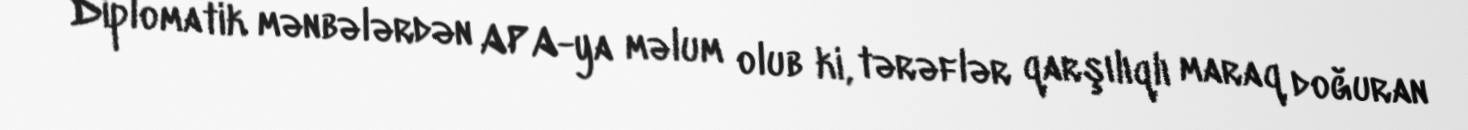
Diplomatik mənbələrdən APA-ya məlum olub ki, tərəflər qarşılıqlı maraq doğuran